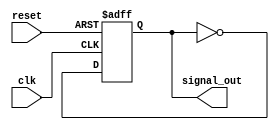
module delay_example (
    input wire clk,         // Clock input
    input wire reset,       // Reset input
    output reg signal_out   // Output signal
);

    // Initial block to set the initial state
    initial begin
        signal_out = 0;    // Initialize output signal
    end

    // Always block to model signal behavior with delay
    always @(posedge clk or posedge reset) begin
        if (reset) begin
            signal_out <= 0; // Reset output signal
        end else begin
            // Introduce a delay of 10 time units before changing the output
            #10 signal_out <= ~signal_out; // Toggle the output signal after a delay
        end
    end

endmodule